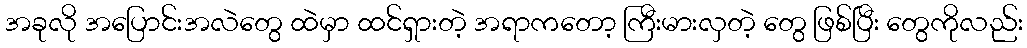
အခုလို အပြောင်းအလဲတွေ ထဲမှာ ထင်ရှားတဲ့ အရာကတော့ ကြီးမားလှတဲ့ တွေ ဖြစ်ပြီး တွေကိုလည်း